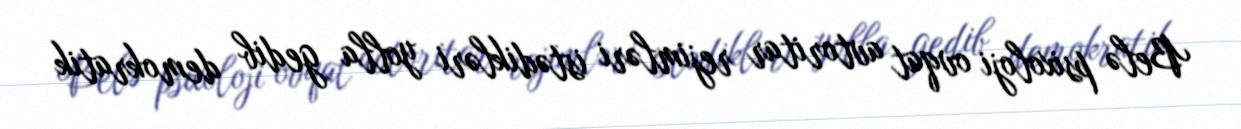
Belə psixoloji ovqat avtoritar rejimləri istədikləri yolla gedib demokratik